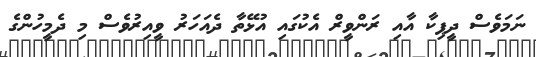
ނަމަވެސް ދީޕިކާ އާއި ރަންވީރް އެކުގައި އުޅޭތާ ދެއަހަރު ވީއިރުވެސް މި ދެމީހުންގެ